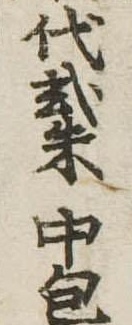
代弐朱中包